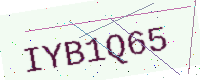
Text: IYB1Q65